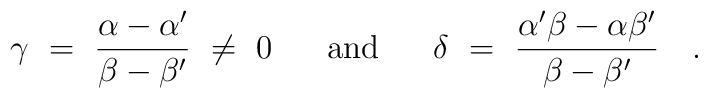
\gamma~=~{\alpha-\alpha' \over \beta-\beta'}~\neq~0~~~~~\mbox{and}~~~~~    \delta~=~{\alpha'\beta-\alpha\beta' \over \beta-\beta'}~~~.